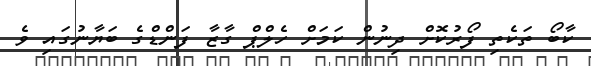
ކާބޯ ތަކެތި ފޯރުކޮށް ދިނުން ކަމަށް ހެލްޕް ގާޒާ ފަންޑްގެ ބަޔާނުގައި ވެ